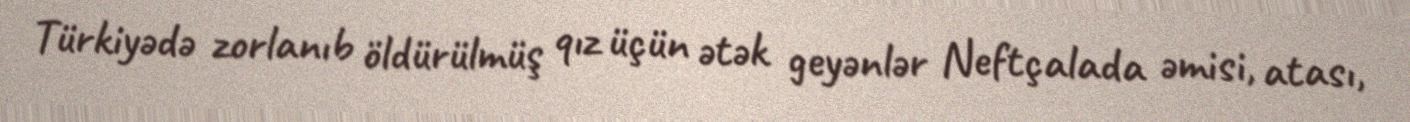
Türkiyədə zorlanıb öldürülmüş qız üçün ətək geyənlər Neftçalada əmisi, atası,